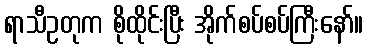
ရာသီဥတုက စိုထိုင်းပြီး အိုက်စပ်စပ်ကြီးနော်။